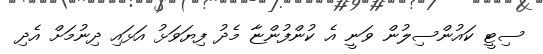
ސިޓީ ކައުންސިލުން ވަނީ އެ ކުންފުންޏާ މެދު ފިޔަވަޅު އަޅައި ދިނުމަށް އެދި